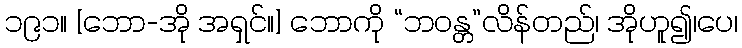
၁၉၁။ [ဘော-အို အရှင်။] ဘောကို “ဘဝန္တ”လိန်တည်၊ အိုဟူ၍၊ပေ၊